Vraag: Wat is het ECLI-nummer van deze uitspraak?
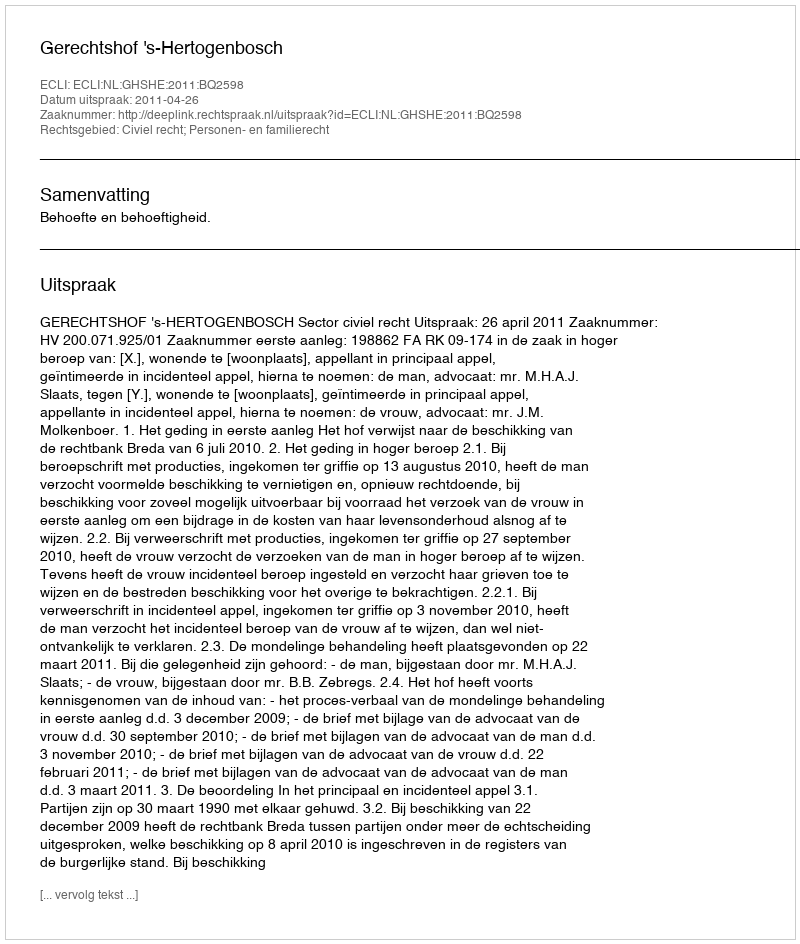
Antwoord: ECLI:NL:GHSHE:2011:BQ2598